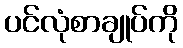
ပင်လုံစာချုပ်ကို